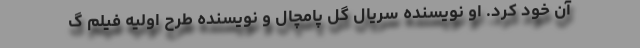
آن خود کرد. او نویسنده سریال گل پامچال و نویسنده طرح اولیه فیلم گ